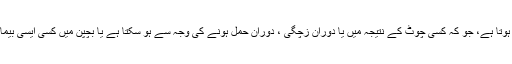
مرگی کا مرض دماغ کی کسی خراش کی وجہ سے ہوتا ہے، جو کہ کسی چوٹ کے نتیجہ میں یا دوران زچگی ، دوران حمل ہونے کی وجہ سے ہو سکتا ہے یا بچپن میں کسی ایسی بیماری سے ہو سکتا ہے جو دماغ پر اثر انداز ہو تی ہو۔